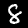
Label: 8